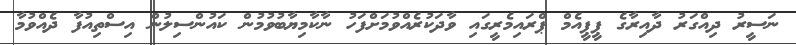
ނަސީރު ދިއްގަރު ދާއިރާގެ ޕީޕީއެމް ޕްރައިމެރީގައި ވާދަކުރެއްވުމަށްފަހު ނާކާމިޔާބުވުމުން ކައުންސިލުން އިސްތިއުފާ ދެއްވުމާ